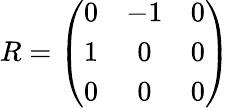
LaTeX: R=\left(\begin{array}{ccc}{0}&{-1}&{0}\\ {1}&{0}&{0}\\ {0}&{0}&{0}\end{array}\right)